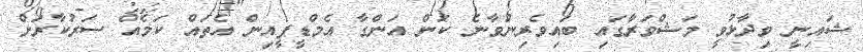
ޝައިނީ ވިދާޅުވީ މަޝްވަރާގައި ބައިވެރިނުވާނެ ކަން އަންގާ އެމްޑީޕީއިން އެތައް ކަމެއް ސަރުކާރަށް